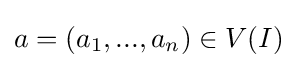
a=(a_{1},...,a_{n})\in V(I)